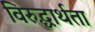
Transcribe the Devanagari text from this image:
विरुद्धार्थता